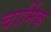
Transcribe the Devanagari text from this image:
चार्मिक